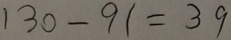
1 3 0 - 9 1 = 3 9